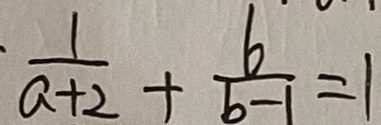
\frac { 1 } { a + 2 } + \frac { b } { b - 1 } = 1